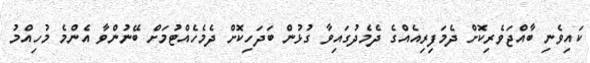
ކައިވެނި ބާއްޖަވެރިކޮށް ދެމަފިރިއެއްގެ ދެމެދުގައިވާ ގުޅުން ބަދަހިކޮށް ދެމެހެއްޓުމަށް ބޭނުންވާ އެންމެ މުހިއްމު